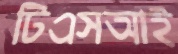
টিএসআই